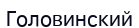
Головинский